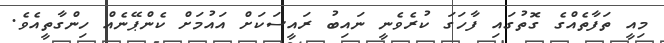
މިއީ ތަފާތެއްގެ ގޮތުގައި ފާހަގަ ކުރެވެނީ ނައިބު ރައީސަކަށް އައުމަށް ކެންޕޭނެއް ހިންގާތީއެވެ.